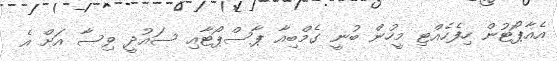
އެއާޕޯޓުން ހިފެހެއްޓި މީހުން ބުނީ ގެމްބިއާ ޕާސްޕޯޓާއި ސައުދީ ވިސާ އަށް އެ